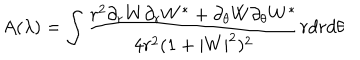
LaTeX: A ( \lambda ) = \int \frac { r ^ { 2 } \partial _ { r } W \partial _ { r } W ^ { * } + \partial _ { \theta } W \partial _ { \theta } W ^ { * } } { 4 r ^ { 2 } ( 1 + | W | ^ { 2 } ) ^ { 2 } } r d r d \theta